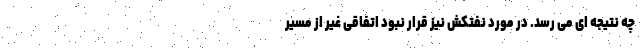
چه نتیجه ای می رسد. در مورد نفتکش نیز قرار نبود اتفاقی غیر از مسیر